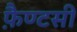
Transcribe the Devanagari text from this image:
फ़ैण्टसी